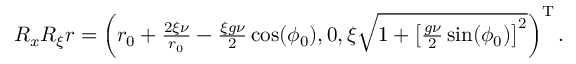
\begin{array} { r } { R _ { x } R _ { \xi } r = \left( r _ { 0 } + \frac { 2 \xi \nu } { r _ { 0 } } - \frac { \xi g \nu } { 2 } \cos ( \phi _ { 0 } ) , 0 , \xi \sqrt { 1 + \left[ \frac { g \nu } { 2 } \sin ( \phi _ { 0 } ) \right] ^ { 2 } } \right) ^ { \mathrm { T } } . } \end{array}